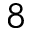
8